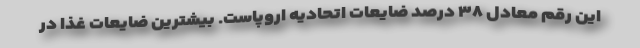
این رقم معادل ۳۸ درصد ضایعات اتحادیه اروپاست. بیشترین ضایعات غذا در